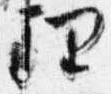
理